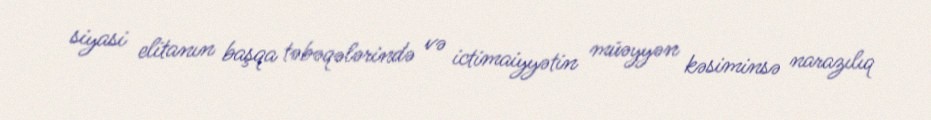
siyasi elitanın başqa təbəqələrində və ictimaiyyətin müəyyən kəsiminsə narazılıq